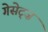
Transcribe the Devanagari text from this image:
गेसेट्ज़